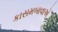
કાસમબાવાએ